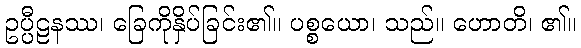
ဥပ္ပီဠနဿ၊ ခြေကိုနှိပ်ခြင်း၏။ ပစ္စယော၊ သည်။ ဟောတိ၊ ၏။